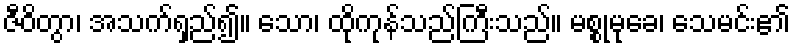
ဇီဝိတွာ၊ အသက်ရှည်၍။ သော၊ ထိုကုန်သည်ကြီးသည်။ မစ္စုမုခေ၊ သေမင်း၏